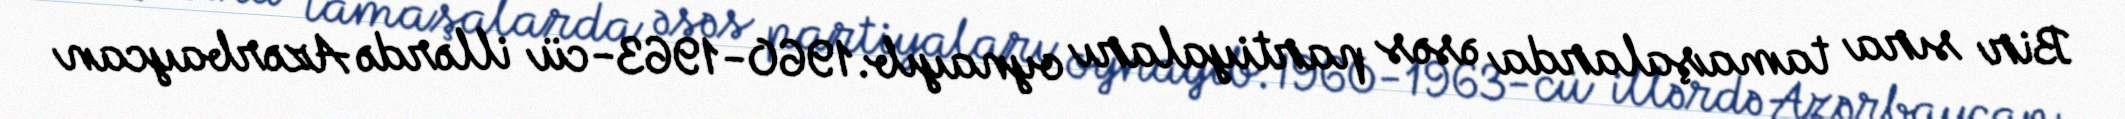
Bir sıra tamaşalarda əsəs partiyaları oynayıb.1960-1963-cü illərdə Azərbaycan